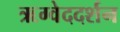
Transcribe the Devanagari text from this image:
ऋग्वेददर्शन